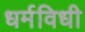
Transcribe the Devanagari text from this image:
धर्मविधी